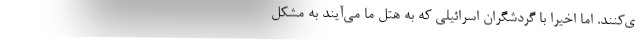
ی‌کنند. اما اخیرا با گردشگران اسرائیلی که به هتل ما می‌آیند به مشکل